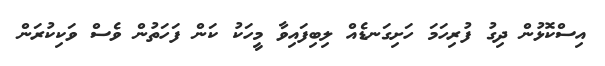
އިސްކޮޅުން ދިގު ފުރިހަމަ ހަށިގަނޑެއް ލިބިފައިވާ މީހަކު ކަން ފަހަތުން ވެސް ވަކިކުރަން